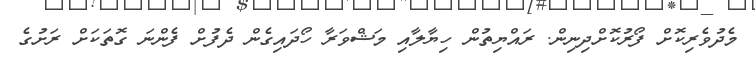
މެދުވެރިކޮށް ފޯރުކޮށްދިނިން. ރައްޔިތުން ހިޔާލާއި މަޝްވަރާ ހޯދައިގެން ދެފުށް ފެންނަ ގޮތަކަށް ރަށުގެ